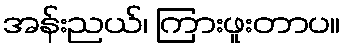
အန်းညယ်၊ ကြားဖူးတာပ။